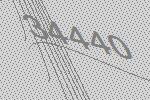
34440